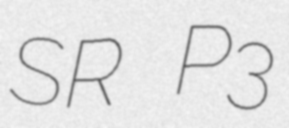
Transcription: SR P3